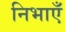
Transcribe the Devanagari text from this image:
निभाएँ